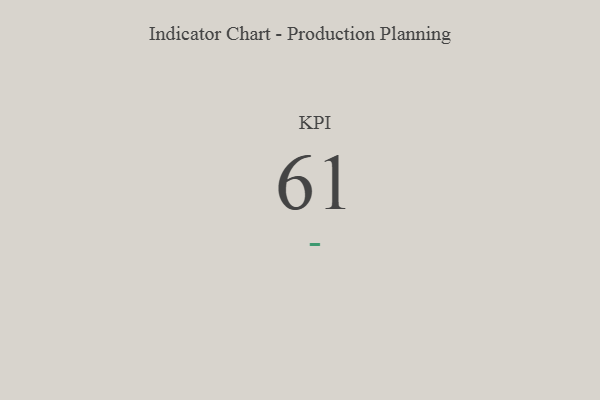
{"axis": {"x": "KPI", "y": "Value"}, "legend": [""], "data": [{"x": "KPI", "y": 61, "type": ""}]}